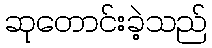
ဆုတောင်းခဲ့သည်